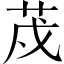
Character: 荗